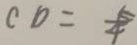
C D = \frac { 5 } { 4 }